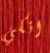
انكي